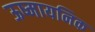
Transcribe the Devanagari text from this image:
ऊष्मायनिक